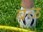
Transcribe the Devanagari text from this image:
बेळ